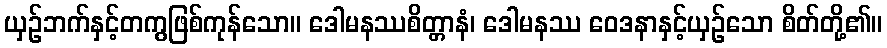
ယှဉ်ဘက်နှင့်တကွဖြစ်ကုန်သော။ ဒေါမနဿစိတ္တာနံ၊ ဒေါမနဿ ဝေဒနာနှင့်ယှဉ်သော စိတ်တို့၏။